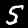
Label: 5